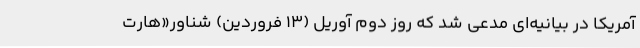
آمریکا در بیانیه‌ای مدعی شد که روز دوم آوریل (13 فروردین) شناور«هارت